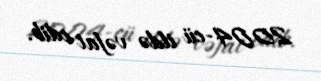
2004-cü ildə vəfat edib.